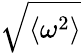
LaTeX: \sqrt{\langle\omega^{2}\rangle}